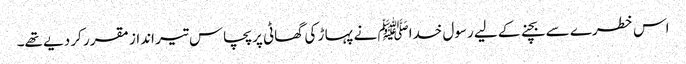
اس خطرے سے بچنے کے لیے رسول خداﷺ نے پہا ڑ کی گھاٹی پر پچاس تیر انداز مقرر کر دیے تھے۔